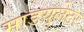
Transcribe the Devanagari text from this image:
माडयुलेटर